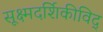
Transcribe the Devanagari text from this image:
सूक्ष्मदर्शिकीविद्